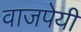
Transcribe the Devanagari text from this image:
वाजपेयीं